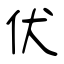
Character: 伏